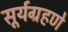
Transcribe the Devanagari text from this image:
सूर्यग्रहणे